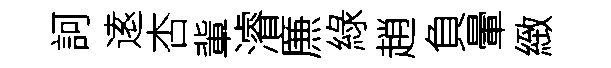
訶逺杏軰濬㢘綠趙負暈緻